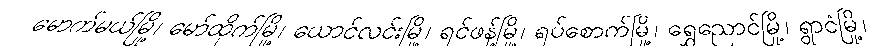
မောက်မယ်မြို့၊ မော်ထိုက်မြို့၊ ယောင်လင်းမြို့၊ ရင်ဖန့်မြို့၊ ရပ်စောက်မြို့၊ ရွှေညောင်မြို့၊ ရွာငံမြို့၊